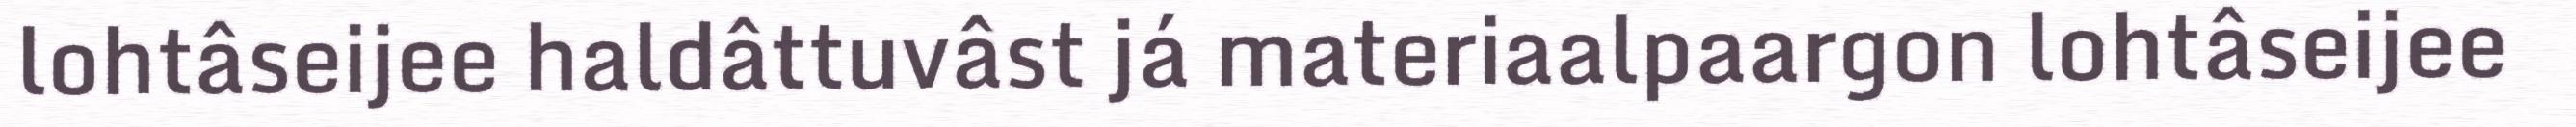
lohtâseijee haldâttuvâst já materiaalpaargon lohtâseijee